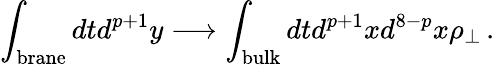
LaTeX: \int_{\mathrm{{brane}}}dtd^{p+1}y\longrightarrow\int_{{\mathrm{bulk}}}dtd^{p+1}xd^{8-p}x\rho_{\perp}\, .